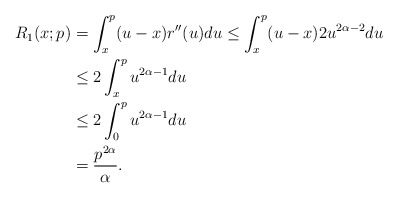
\begin{align*}R_1(x;p) & = \int_x^p (u-x)r''(u)du \leq \int_x^p (u-x) 2u^{2\alpha-2}du \\ &\leq 2 \int_x^p u^{2\alpha-1}du \\ &\leq 2 \int_0^p u^{2\alpha-1}du\\ &= \frac{p^{2\alpha}}{\alpha}.\end{align*}